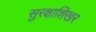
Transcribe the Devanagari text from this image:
सुरक्षाशिखर